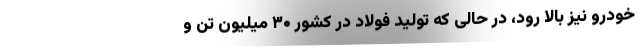
خودرو نیز بالا رود، در حالی که تولید فولاد در کشور ۳۰ میلیون تن و